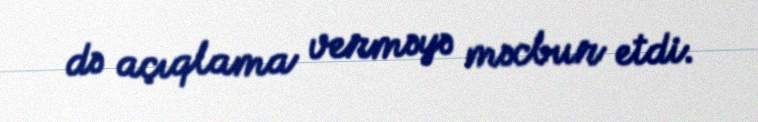
də açıqlama verməyə məcbur etdi.